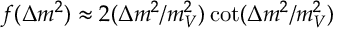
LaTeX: f ( \Delta m ^ { 2 } ) \approx 2 ( \Delta m ^ { 2 } / m _ { V } ^ { 2 } ) \cot ( \Delta m ^ { 2 } / m _ { V } ^ { 2 } )